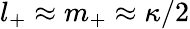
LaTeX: l_{+}\approx m_{+}\approx\kappa/2